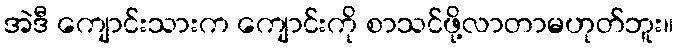
အဲဒီ ကျောင်းသားက ကျောင်းကို စာသင်ဖို့လာတာမဟုတ်ဘူး။